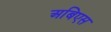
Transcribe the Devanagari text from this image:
अबिएस